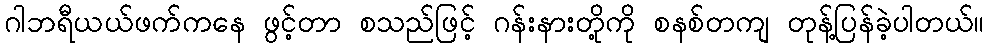
ဂါဘရီယယ်ဖက်ကနေ ဖွင့်တာ စသည်ဖြင့် ဂန်းနားတို့ကို စနစ်တကျ တုန့်ပြန်ခဲ့ပါတယ်။